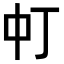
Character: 𬻳